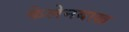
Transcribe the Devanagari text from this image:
केलेनबाख